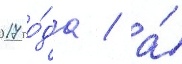
2017 го́да / а́